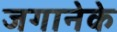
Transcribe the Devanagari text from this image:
जगानेके